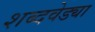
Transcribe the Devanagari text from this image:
शब्दवेड्या